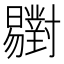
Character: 𣌒